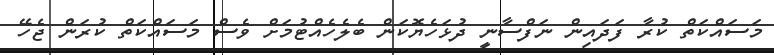
މަސައްކަތް ކުރާ ފަދައިން ނަފްސާނީ ދުޅަހެޔޮކަން ބެލެހެއްޓުމަށް ވެސް މަސައްކަތް ކުރަން ޖެހޭ